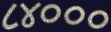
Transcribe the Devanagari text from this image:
८४०००